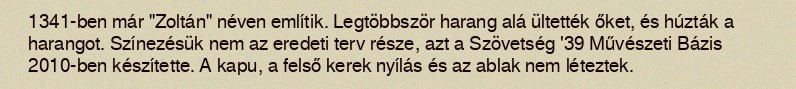
1341-ben már "Zoltán" néven említik. Legtöbbször harang alá ültették őket, és húzták a harangot. Színezésük nem az eredeti terv része, azt a Szövetség '39 Művészeti Bázis 2010-ben készítette. A kapu, a felső kerek nyílás és az ablak nem léteztek.